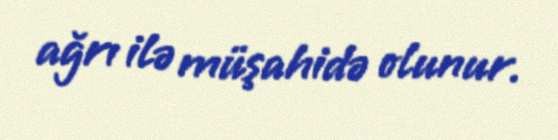
ağrı ilə müşahidə olunur.